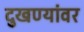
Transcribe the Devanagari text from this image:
दुखण्यांवर